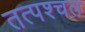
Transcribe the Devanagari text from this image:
तत्पश्चत